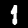
Digit: 1